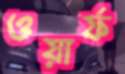
ওয়ার্ফ